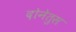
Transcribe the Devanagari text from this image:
दोनेतुस